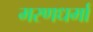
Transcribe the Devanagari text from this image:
मरणधर्मा